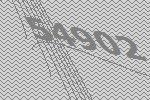
54902